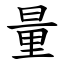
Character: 量